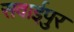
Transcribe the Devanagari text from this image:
सवाईपुर